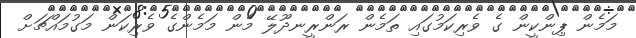
މަމެން ޕިންކީން ގެ ވެރިކަމުގައި ތަމެން ރަންރީނދޫލޭ މެން މަމެންގެ ވެރިކަން މަގުމައްޗަށް